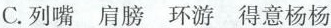
C.列嘴 肩膀 环游 得意杨杨